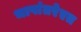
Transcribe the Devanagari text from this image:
भाषांतरेएत